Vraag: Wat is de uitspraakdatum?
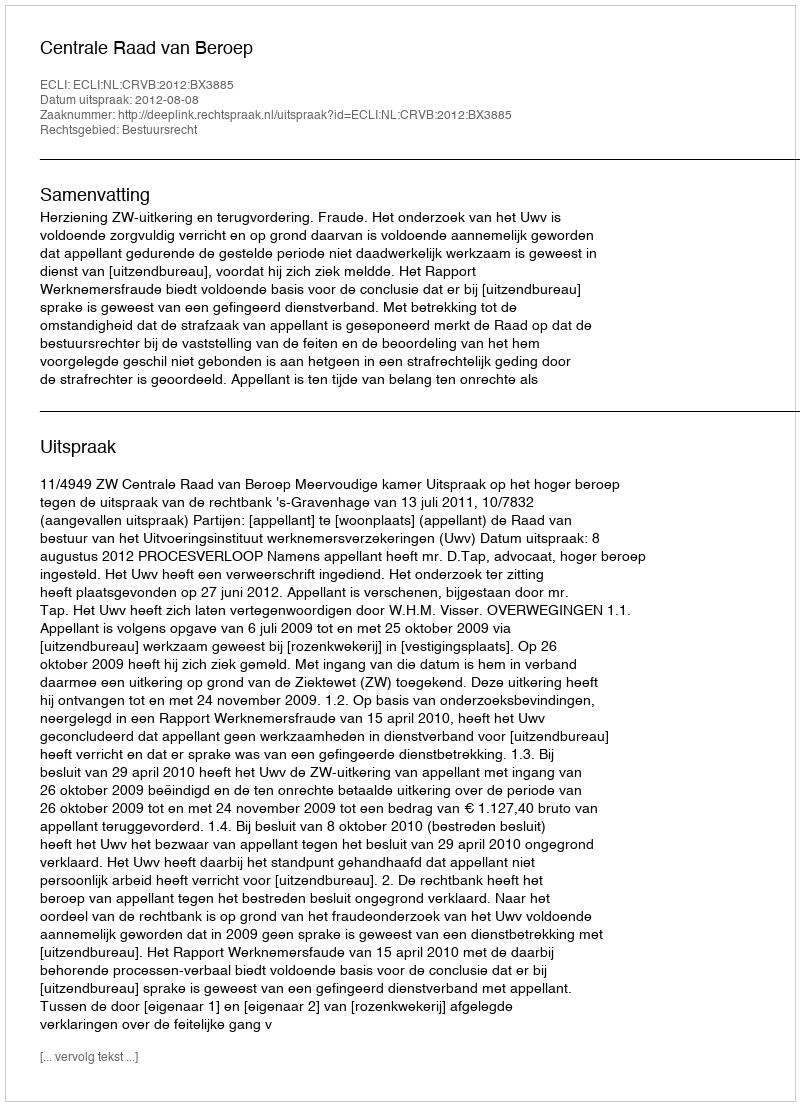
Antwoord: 2012-08-08